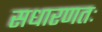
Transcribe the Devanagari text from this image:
सधारणतः